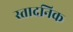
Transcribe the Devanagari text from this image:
स्तादनिक